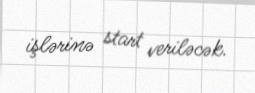
işlərinə start veriləcək.